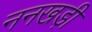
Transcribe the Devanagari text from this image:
ननखड़ी